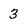
Character: 3